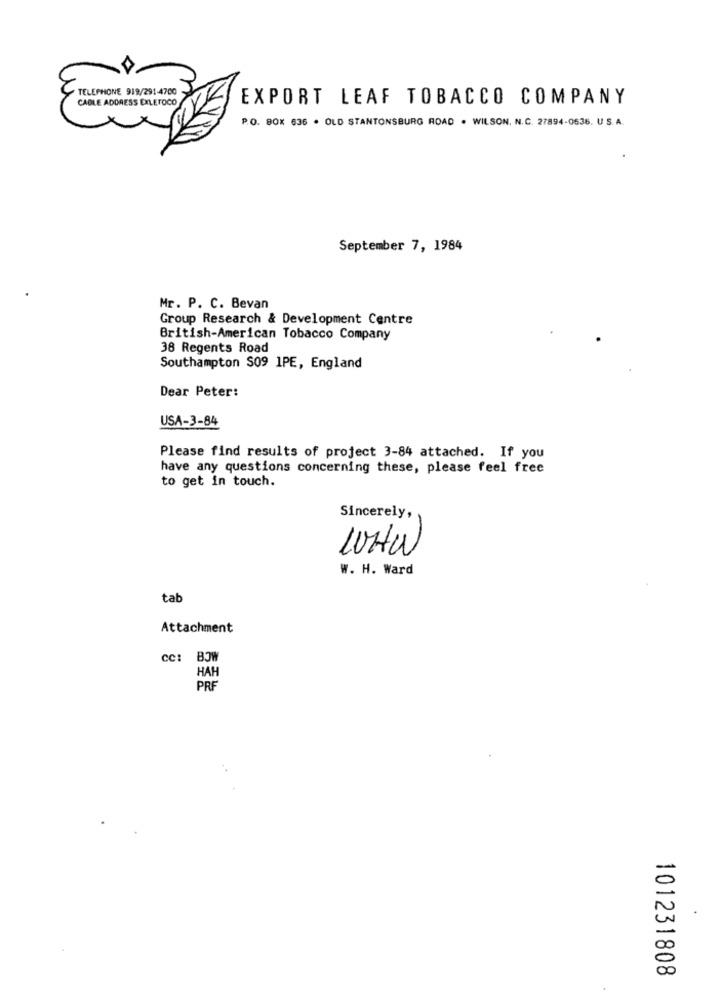
TELEPHONE 919/291-4700
CABLE ADDRESS EXLETOCO
EXPORT LEAF TOBACCO COMPANY
P.O. BOX 636 . OLD STANTONSBURG ROAD . WILSON. N.C. 27894-0636. U.S. A.
September 7, 1984
Mr. P. C. Bevan
Group Research & Development Centre
British-American Tobacco Company
38 Regents Road
Southampton $09 1PE, England
Dear Peter:
USA-3-84
Please find results of project 3-84 attached. If you
have any questions concerning these, please feel free
to get in touch.
Sincerely,
W. H. Ward
tab
Attachment
cc: BOW
HAH
PRF
101231808